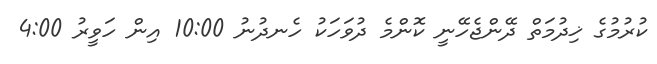
ކުރުމުގެ ޚިދުމަތް ދޭންޖެހޭނީ ކޮންމެ ދުވަހަކު ހެނދުނު 10:00 އިން ހަވީރު 4:00